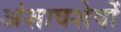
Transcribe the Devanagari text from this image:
अंशावशेषों